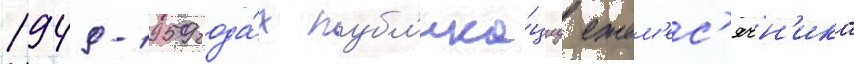
1949-1959 года́х публ'ика́циу ежем'ес'ячн'ика